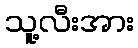
သူ့လီးအား